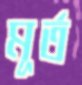
মূর্ত